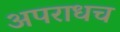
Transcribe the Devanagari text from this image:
अपराधच